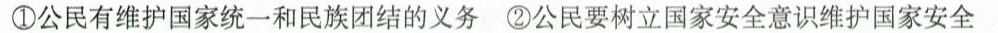
①公民有维护国家统一和民族团结的义务 ②公民要树立国家安全意识维护国家安全